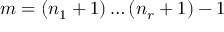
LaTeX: m = ( n _ { 1 } + 1 ) \ldots ( n _ { r } + 1 ) - 1